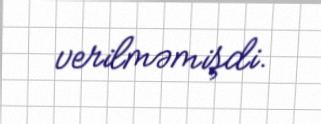
verilməmişdi.